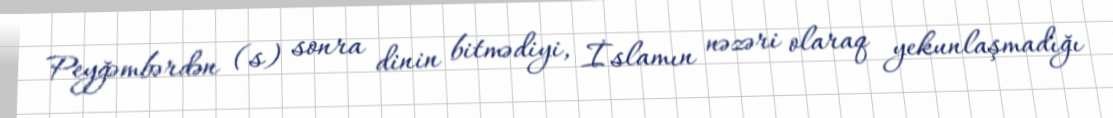
Peyğəmbərdən (s) sonra dinin bitmədiyi, İslamın nəzəri olaraq yekunlaşmadığı